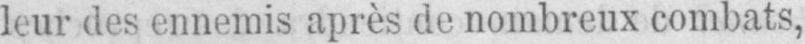
leur des ennemis après de nombreux combats,